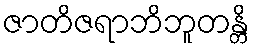
ဇာတိဇရာဘိဘူတန္တိ